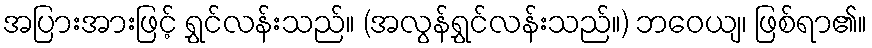
အပြားအားဖြင့် ရွှင်လန်းသည်။ (အလွန်ရွှင်လန်းသည်။) ဘဝေယျ၊ ဖြစ်ရာ၏။